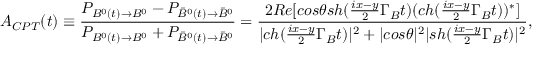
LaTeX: A _ { C P T } ( t ) \equiv \frac { P _ { B ^ { 0 } ( t ) \to B ^ { 0 } } - P _ { \bar { B } ^ { 0 } ( t ) \to \bar { B } ^ { 0 } } } { P _ { B ^ { 0 } ( t ) \to B ^ { 0 } } + P _ { \bar { B } ^ { 0 } ( t ) \to \bar { B } ^ { 0 } } } = \frac { 2 R e [ c o s \theta s h ( \frac { i x - y } { 2 } \Gamma _ { B } t ) ( c h ( \frac { i x - y } { 2 } \Gamma _ { B } t ) ) ^ { * } ] } { | c h ( \frac { i x - y } { 2 } \Gamma _ { B } t ) | ^ { 2 } + | c o s \theta | ^ { 2 } | s h ( \frac { i x - y } { 2 } \Gamma _ { B } t ) | ^ { 2 } } ,